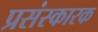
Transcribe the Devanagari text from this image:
प्रसंस्कारक